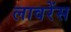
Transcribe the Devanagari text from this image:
लावरेंस